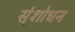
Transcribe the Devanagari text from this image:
स्ंशोधन